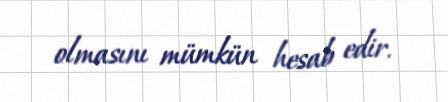
olmasını mümkün hesab edir.